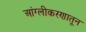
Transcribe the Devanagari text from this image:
आंग्लीकरणातून